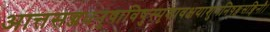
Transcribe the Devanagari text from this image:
आत्तसज्जधनुषाविषुस्पृशावक्षयाशुगनिषङ्गसङ्गिनौ।